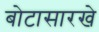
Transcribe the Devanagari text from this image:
बोटासारखे